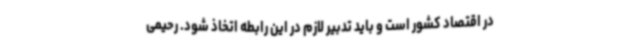
در اقتصاد کشور است و باید تدبیر لازم در این رابطه اتخاذ شود. رحیمی